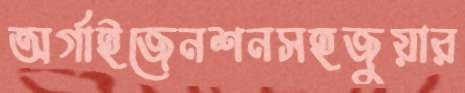
অর্গাইজেনশনসহজুয়ার